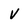
Character: V